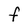
Character: F